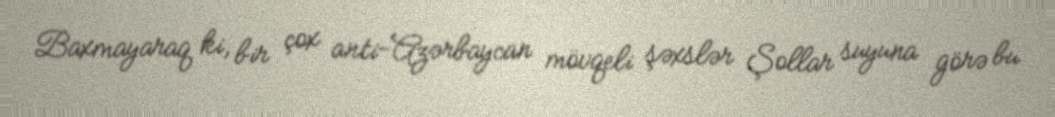
Baxmayaraq ki, bir çox anti-Azərbaycan mövqeli şəxslər Şollar suyuna görə bu